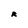
Character: R